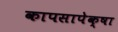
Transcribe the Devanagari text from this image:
कापसापेक्षा